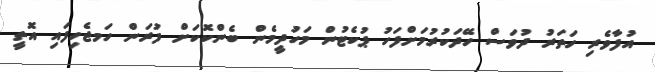
އުފާވެރި ހަތަރު ދުވަސް ހޭދަކުރުމަށްފަހު ޕުކެޓުން މަހުދީމެން ބެންކޮކަށް ފުރަން ހަމޖެހިފައި އޮތީ